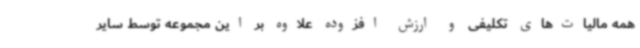
همه مالیات‌های تکلیفی و ارزش افزوده علاوه بر این مجموعه توسط سایر